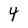
Character: 4